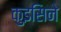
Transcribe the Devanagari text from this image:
कुइसिने